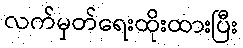
လက်မှတ်ရေးထိုးထားပြီး